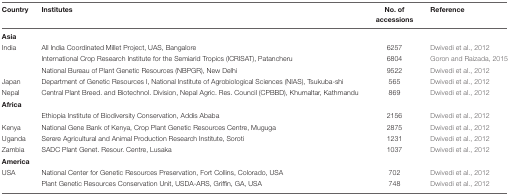
| Country | Institutes | No. of accessions | Reference |
 | --- | --- | --- | --- |
 | Asia |  |  |  |
 | India | All India Coordinated Millet Project, UAS, Bangalore | 6257 | Dwivedi et al., 2012 |
 |  | International Crop Research Institute for the Semiarid Tropics (ICRISAT), Patancheru | 6804 | Goron and Raizada, 2015 |
 |  | National Bureau of Plant Genetic Resources (NBPGR), New Delhi | 9522 | Dwivedi et al., 2012 |
 | Japan | Department of Genetic Resources I, National Institute of Agrobiological Sciences (NIAS), Tsukuba-shi | 565 | Dwivedi et al., 2012 |
 | Nepal | Central Plant Breed. and Biotechnol. Division, Nepal Agric. Res. Council (CPBBD), Khumaltar, Kathmandu | 869 | Dwivedi et al., 2012 |
 | Africa |  |  |  |
 |  | Ethiopia Institute of Biodiversity Conservation, Addis Ababa | 2156 | Dwivedi et al., 2012 |
 | Kenya | National Gene Bank of Kenya, Crop Plant Genetic Resources Centre, Muguga | 2875 | Dwivedi et al., 2012 |
 | Uganda | Serere Agricultural and Animal Production Research Institute, Soroti | 1231 | Dwivedi et al., 2012 |
 | Zambia | SADC Plant Genet. Resour. Centre, Lusaka | 1037 | Dwivedi et al., 2012 |
 | America |  |  |  |
 | USA | National Center for Genetic Resources Preservation, Fort Collins, Colorado, USA | 702 | Dwivedi et al., 2012 |
 |  | Plant Genetic Resources Conservation Unit, USDA-ARS, Griffin, GA, USA | 748 | Dwivedi et al., 2012 |